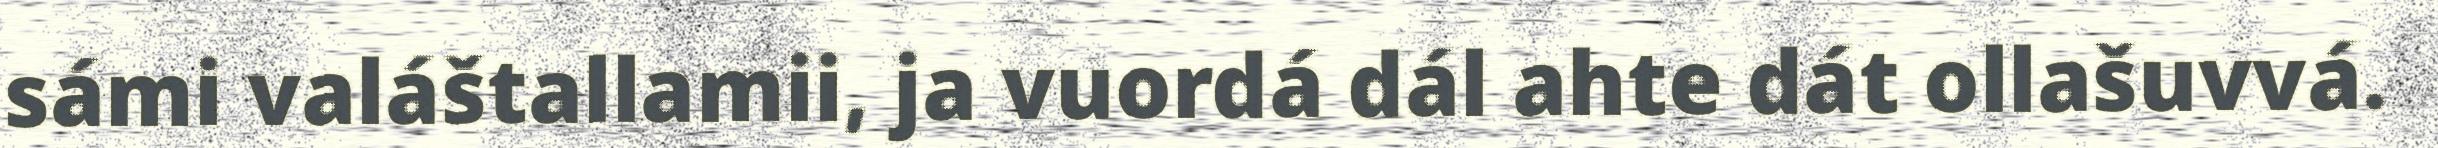
sámi valáštallamii, ja vuordá dál ahte dát ollašuvvá.